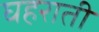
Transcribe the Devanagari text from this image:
घहराती